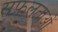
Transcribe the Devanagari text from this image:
सफ़लताओं